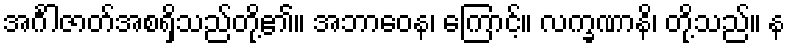
အင်္ဂါဇာတ်အစရှိသည်တို့၏။ အဘာဝေန၊ ကြောင့်။ လက္ခဏာနိ၊ တို့သည်။ န